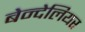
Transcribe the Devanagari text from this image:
बेन्देलियर